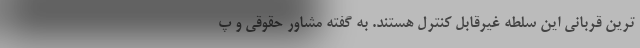
ترین قربانی این سلطه غیرقابل کنترل هستند. به گفته مشاور حقوقی و پ